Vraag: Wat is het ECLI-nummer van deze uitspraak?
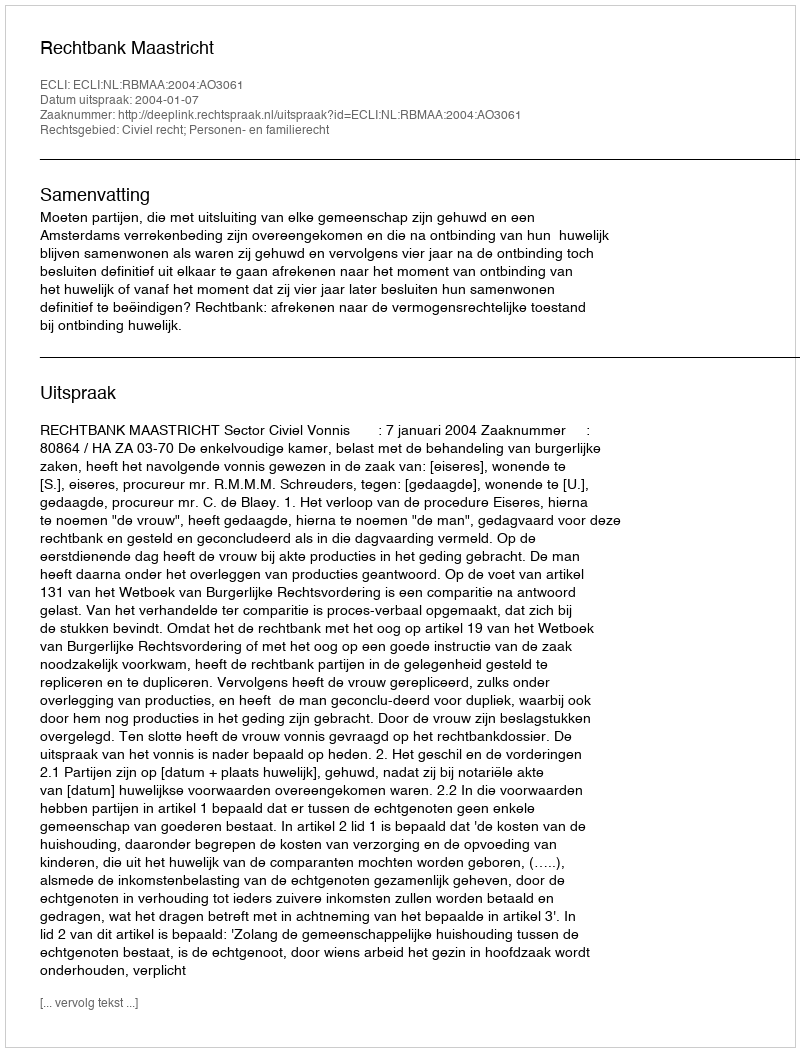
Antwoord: ECLI:NL:RBMAA:2004:AO3061